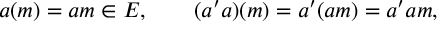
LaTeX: a ( m ) = a m \in E , \qquad ( a ^ { \prime } a ) ( m ) = a ^ { \prime } ( a m ) = a ^ { \prime } a m ,